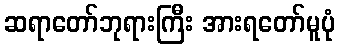
ဆရာတော်ဘုရားကြီး အားရတော်မူပုံ